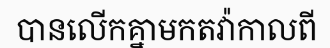
បានលើកគ្នាមកតវ៉ាកាលពី